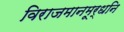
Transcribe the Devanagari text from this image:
विराजमानमूर्धनि